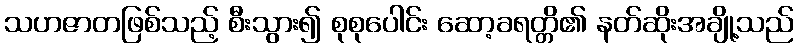
သဟဇာတဖြစ်သည့် စီးသွား၍ စုစုပေါင်း ဆော့ခရတ္တိ၏ နတ်ဆိုးအချို့သည်